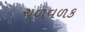
ચળવળક